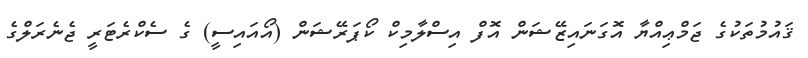
ޤައުމުތަކުގެ ޖަމްޢިއްޔާ އޮގަނައިޒޭޝަން އޮފް އިސްލާމިކް ކޯޕަރޭޝަން (އޯއައިސީ) ގެ ސެކްރެޓަރީ ޖެނެރަލްގެ